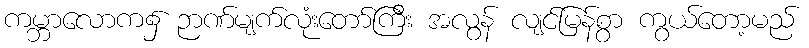
ကမ္ဘာလောက၌ ဉာဏ်မျက်လုံးတော်ကြီး အလွန် လျင်မြန်စွာ ကွယ်တော့မည်